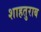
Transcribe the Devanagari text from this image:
शाहतुराब